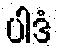
ပါဒံ